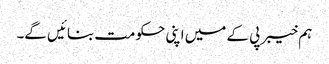
ہم خیبر پی کے میں اپنی حکومت بنائیں گے۔